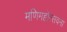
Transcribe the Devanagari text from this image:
मणिमहोत्सवना